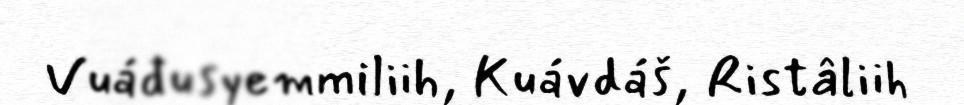
Vuáđusyemmiliih, Kuávdáš, Ristâliih